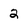
Character: 2